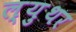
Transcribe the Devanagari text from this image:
ल्य़ुथर